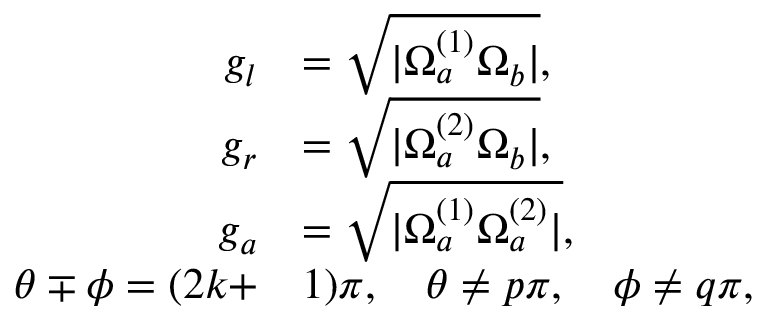
\begin{array} { r l } { g _ { l } } & { = \sqrt { | \Omega _ { a } ^ { ( 1 ) } \Omega _ { b } | } , } \\ { g _ { r } } & { = \sqrt { | \Omega _ { a } ^ { ( 2 ) } \Omega _ { b } | } , } \\ { g _ { a } } & { = \sqrt { | \Omega _ { a } ^ { ( 1 ) } \Omega _ { a } ^ { ( 2 ) } | } , } \\ { \theta \mp \phi = ( 2 k + } & { 1 ) \pi , \quad \theta \neq p \pi , \quad \phi \neq q \pi , } \end{array}